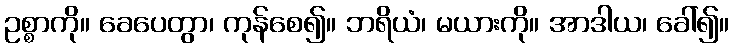
ဥစ္စာကို။ ခေပေတွာ၊ ကုန်စေ၍။ ဘရိယံ၊ မယားကို။ အာဒါယ၊ ခေါ်၍။